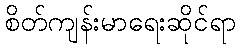
စိတ်ကျန်းမာရေးဆိုင်ရာ